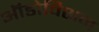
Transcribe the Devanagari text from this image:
ऑडोविशन